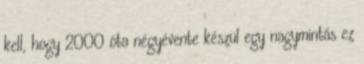
kell, hogy 2000 óta négyévente készül egy nagymintás ez